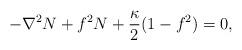
LaTeX: \begin{align*}-\nabla^2 N + f^2 N + \frac{\kappa}{2} (1-f^2) = 0 ,\end{align*}